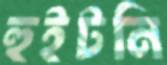
হুইটনি